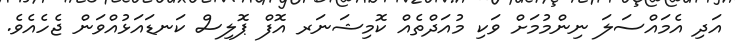
އަދި އެމައްސަލަ ނިންމުމަށް ވަކި މުއަދްތެއް ކޮމިޝަނަރ އޮފް ޕޮލިސް ކަނޑައަޅުއްވަން ޖެހެއެވެ.